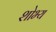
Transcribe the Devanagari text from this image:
शोभ्य